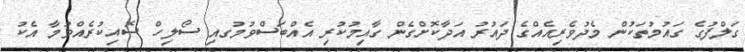
ގަލްފުގެ ގައުމުތަކުން މެދުވެރިއެއްގެ ދައުރު އަދާކޮށްގެން ގާއިމުކުރި އެއްބަސްވުމުގއި ސޯލިހް ސޮއިކުރެއްވުމާ އެކު